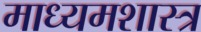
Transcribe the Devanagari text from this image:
माध्यमशास्त्र